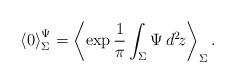
LaTeX: \begin{align*}{\langle 0 \rangle}_{\Sigma}^{\Psi} =\left\langle\exp\frac{1}{\pi}\int_{\Sigma}\Psi\,d^2\!z\right\rangle_{\Sigma}.\end{align*}